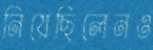
নিয়েছিলেনও